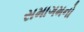
સમાગમનો